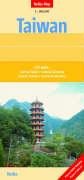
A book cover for Taiwan Map by Nelles (Nelles Map); Nelles Verlag; Travel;